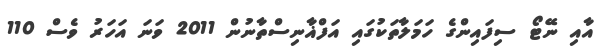
އާއި ނޭޓޯ ސިފައިންގެ ހަމަލާތަކުގައި އަފްޣާނިސްތާނުން 2011 ވަނަ އަހަރު ވެސް 110